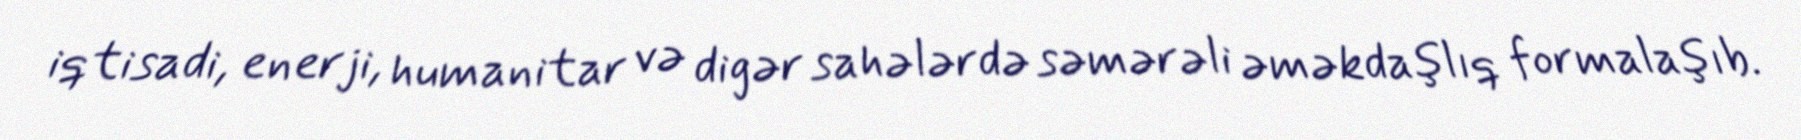
iqtisadi, enerji, humanitar və digər sahələrdə səmərəli əməkdaşlıq formalaşıb.